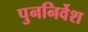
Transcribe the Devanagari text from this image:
पुननिर्वेश